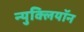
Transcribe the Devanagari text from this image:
न्युक्लियॉन